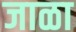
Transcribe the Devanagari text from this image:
जाळा